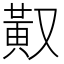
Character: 𪎳